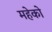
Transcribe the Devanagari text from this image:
महेको